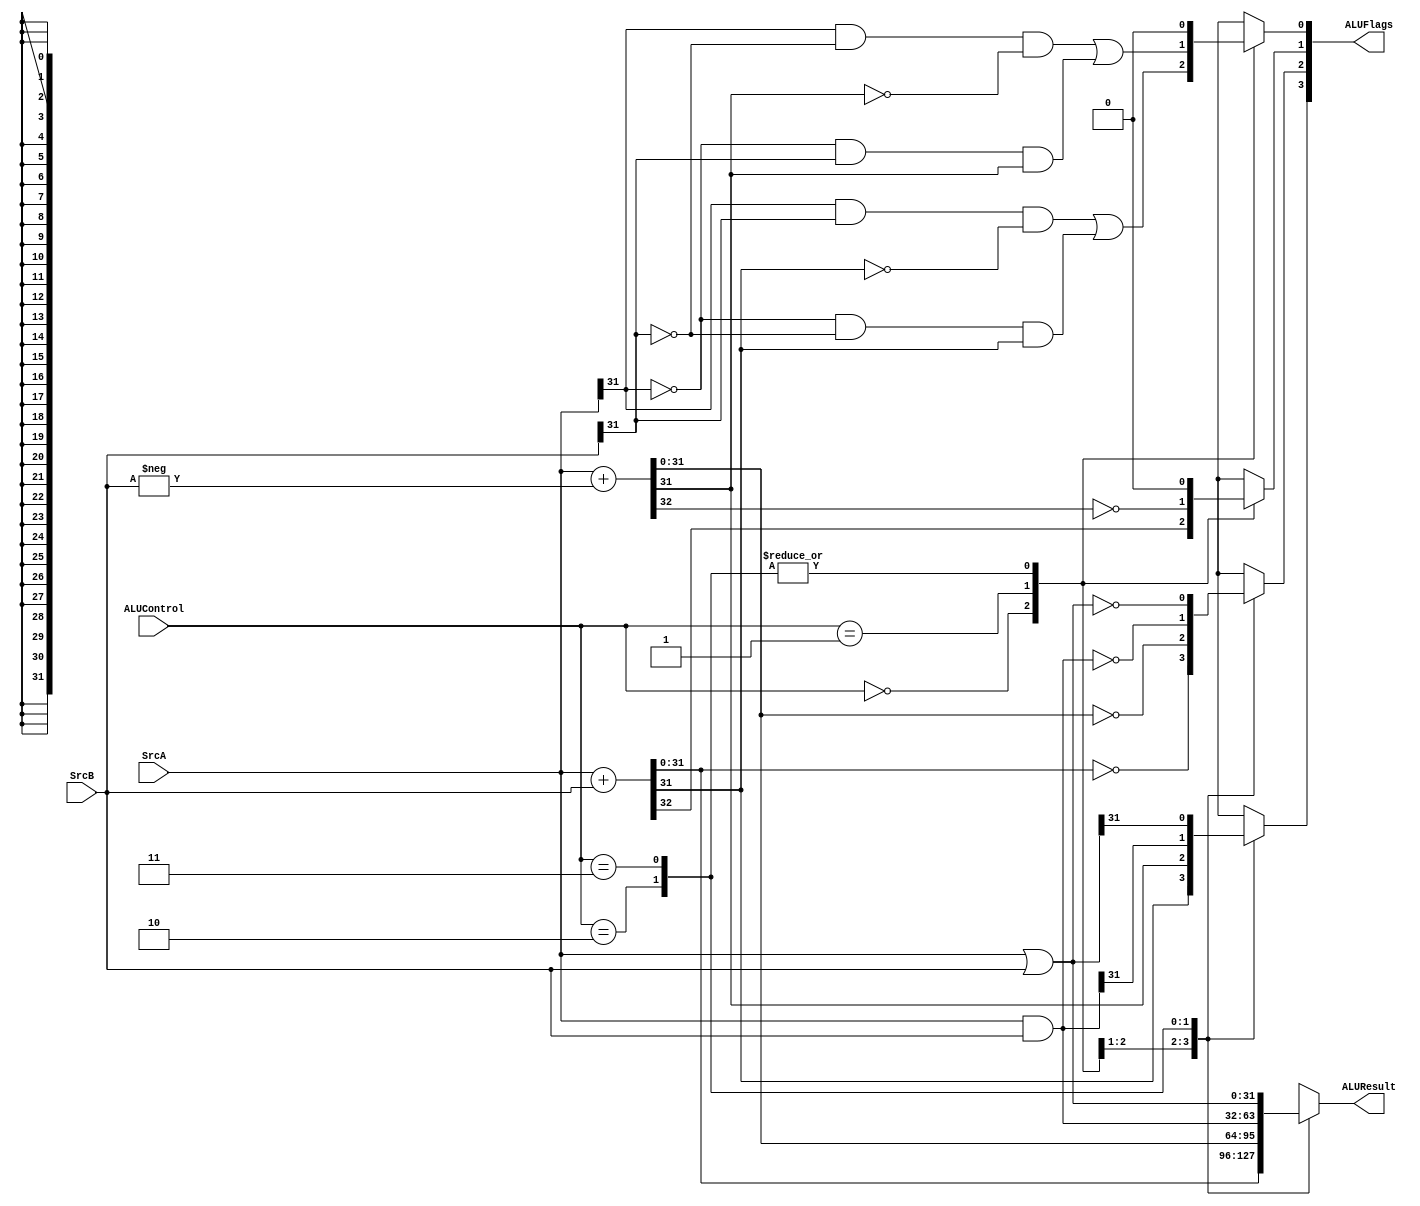
// alu.v
// ALU for simple ARM single-cycle implementation.
// "Digital Design and Computer Architecture ARM EDITION," S.L. Harris and D.M. Harris.
// EE 4490 adapted from code by Jerry C. Hamann

module alu(ALUResult,ALUFlags,ALUControl,SrcA,SrcB);
  output  [31:0]  ALUResult;
  output  [3:0]   ALUFlags;
  input   [1:0]   ALUControl;
  input   [31:0]  SrcA, SrcB;

  reg     [31:0]  ALUResult;
  reg             N,Z,C,V;

  always @(ALUControl,SrcA,SrcB)
    case(ALUControl)
      2'b00:  begin   {C,ALUResult}=SrcA+SrcB;        // ADD
                      Z=(ALUResult==32'b0);
                      N=ALUResult[31];
                      V=SrcA[31]&&SrcB[31]&&(!ALUResult[31])
                        ||(!SrcA[31])&&(!SrcB[31])&&ALUResult[31];
              end
      2'b01:  begin   {C,ALUResult}=SrcA+(-SrcB);     // SUB
                      C=!C;
                      Z=(ALUResult==32'b0);
                      N=ALUResult[31];
                      V=SrcA[31]&&(!SrcB[31])&&(!ALUResult[31])
                        ||(!SrcA[31])&&(SrcB[31])&&ALUResult[31];
              end
      2'b10:  begin   ALUResult=SrcA&SrcB;            // AND
                      Z=(ALUResult==32'b0);
                      N=ALUResult[31];
                      V=0;    // Don't care
                      C=0;    // Don't care
              end
      2'b11:  begin   ALUResult=SrcA|SrcB;            // OR (or ORR)
                      Z=(ALUResult==32'b0);
                      N=ALUResult[31];
                      V=0;    // Don't care
                      C=0;    // Don't care
              end
      default:  begin ALUResult=0; {N,Z,C,V}=4'b0100; end
    endcase

  assign ALUFlags = {N,Z,C,V};  // BEWARE:  Whether these are saved in controller depends on instruction.
endmodule